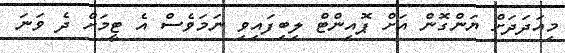
މިއަދަދަށް ޔަންގޮން އަށް ޕޮއިންޓް ލިބިފައިވި ނަމަވެސް އެ ޓީމަށް ދެ ވަނަ